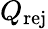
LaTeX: Q_{\mathrm{rej}}